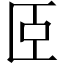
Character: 𦣞